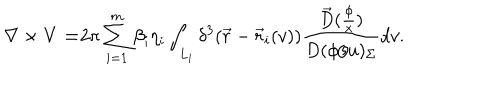
\nabla \times { \bf V = } 2 \pi \sum _ { i = 1 } ^ { m } \beta _ { i } \eta _ { i } \int _ { L _ { i } } \delta ^ { 3 } ( \vec { r } - \vec { r } _ { i } ( v ) ) \frac { \vec { D } ( \frac \phi x ) } { D ( \phi / u ) _ { \Sigma } } d v .